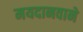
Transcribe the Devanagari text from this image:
मयदानवाने